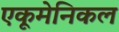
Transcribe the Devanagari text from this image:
एकूमेनिकल